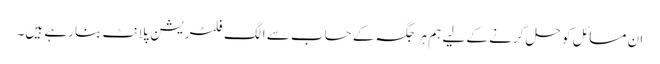
ان مسائل کو حل کرنے کے لیے ہم ہر جگہ کے حساب سے الگ فلٹریشن پلانٹ بنا رہے ہیں۔